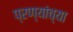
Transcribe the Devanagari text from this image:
प्रण्यांच्या